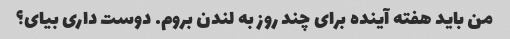
من باید هفته آینده برای چند روز به لندن بروم. دوست داری بیای؟